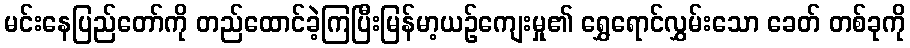
မင်းနေပြည်တော်ကို တည်ထောင်ခဲ့ကြပြီးမြန်မာ့ယဉ်ကျေးမှု၏ ရွှေရောင်လွှမ်းသော ခေတ် တစ်ခုကို